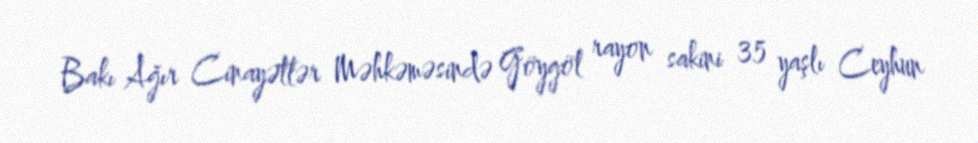
Bakı Ağır Cinayətlər Məhkəməsində Göygöl rayon sakini 35 yaşlı Ceyhun